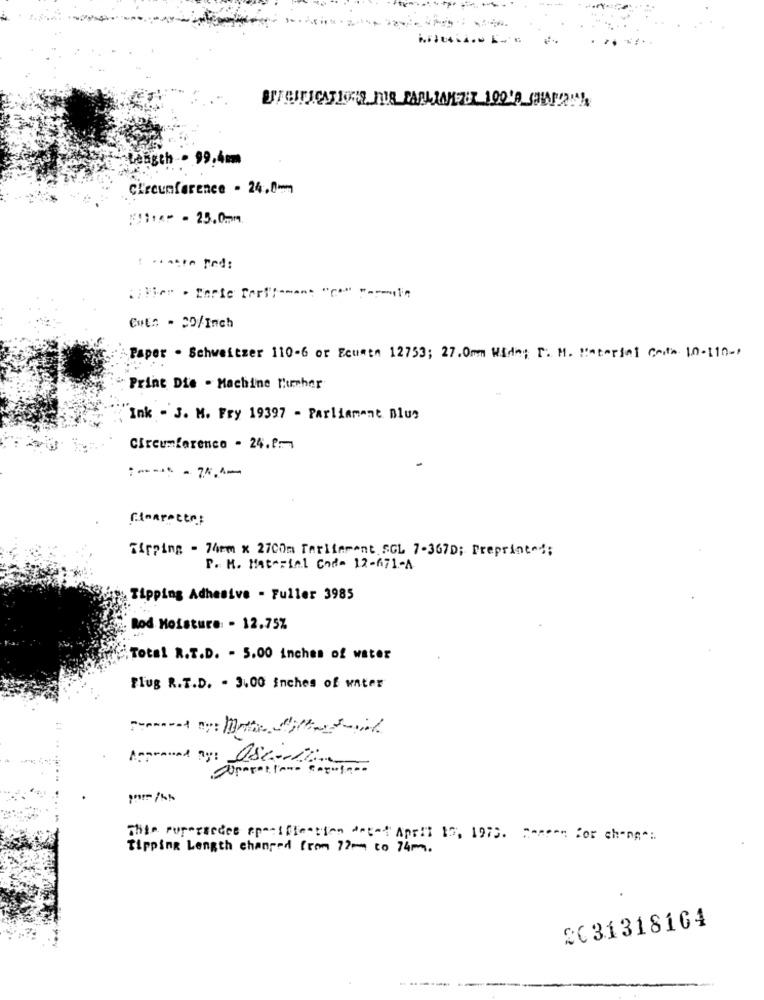
Length . 99.4mm
Circumference - 24.0mm
#11 ** - 25.0mm
CHES - CO/Inch
Paper - Schweitzer 110-6 or Ecusta 12753; 27.0mm Wide; r. M. : storiel Corte 10-110-
Print Die . Machine Pusher
Ink - J. M. Fry 19397 - Parliament Blue
Circumference - 24.0:1
Tipping - 74mm x 2700m Tarifament SGL 7-367D; Preprinted;
P. M. Material Cod- 12-671-A
Tipping Adhesive - Fuller 3985
Rod Moisture: - 12.75%
Total R.T.D. - 5.00 inches of water
Flug R.T.D. - 3.00 inches of water
Approved by: 082-12
This supersedes specifiescion Arget April 10, 1973. Comeon For change:
Tipping Length changed from 77m to 74m.
2031318164